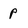
Character: p